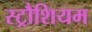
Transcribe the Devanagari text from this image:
स्ट्रौशियम